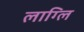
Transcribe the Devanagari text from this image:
लाग्लि